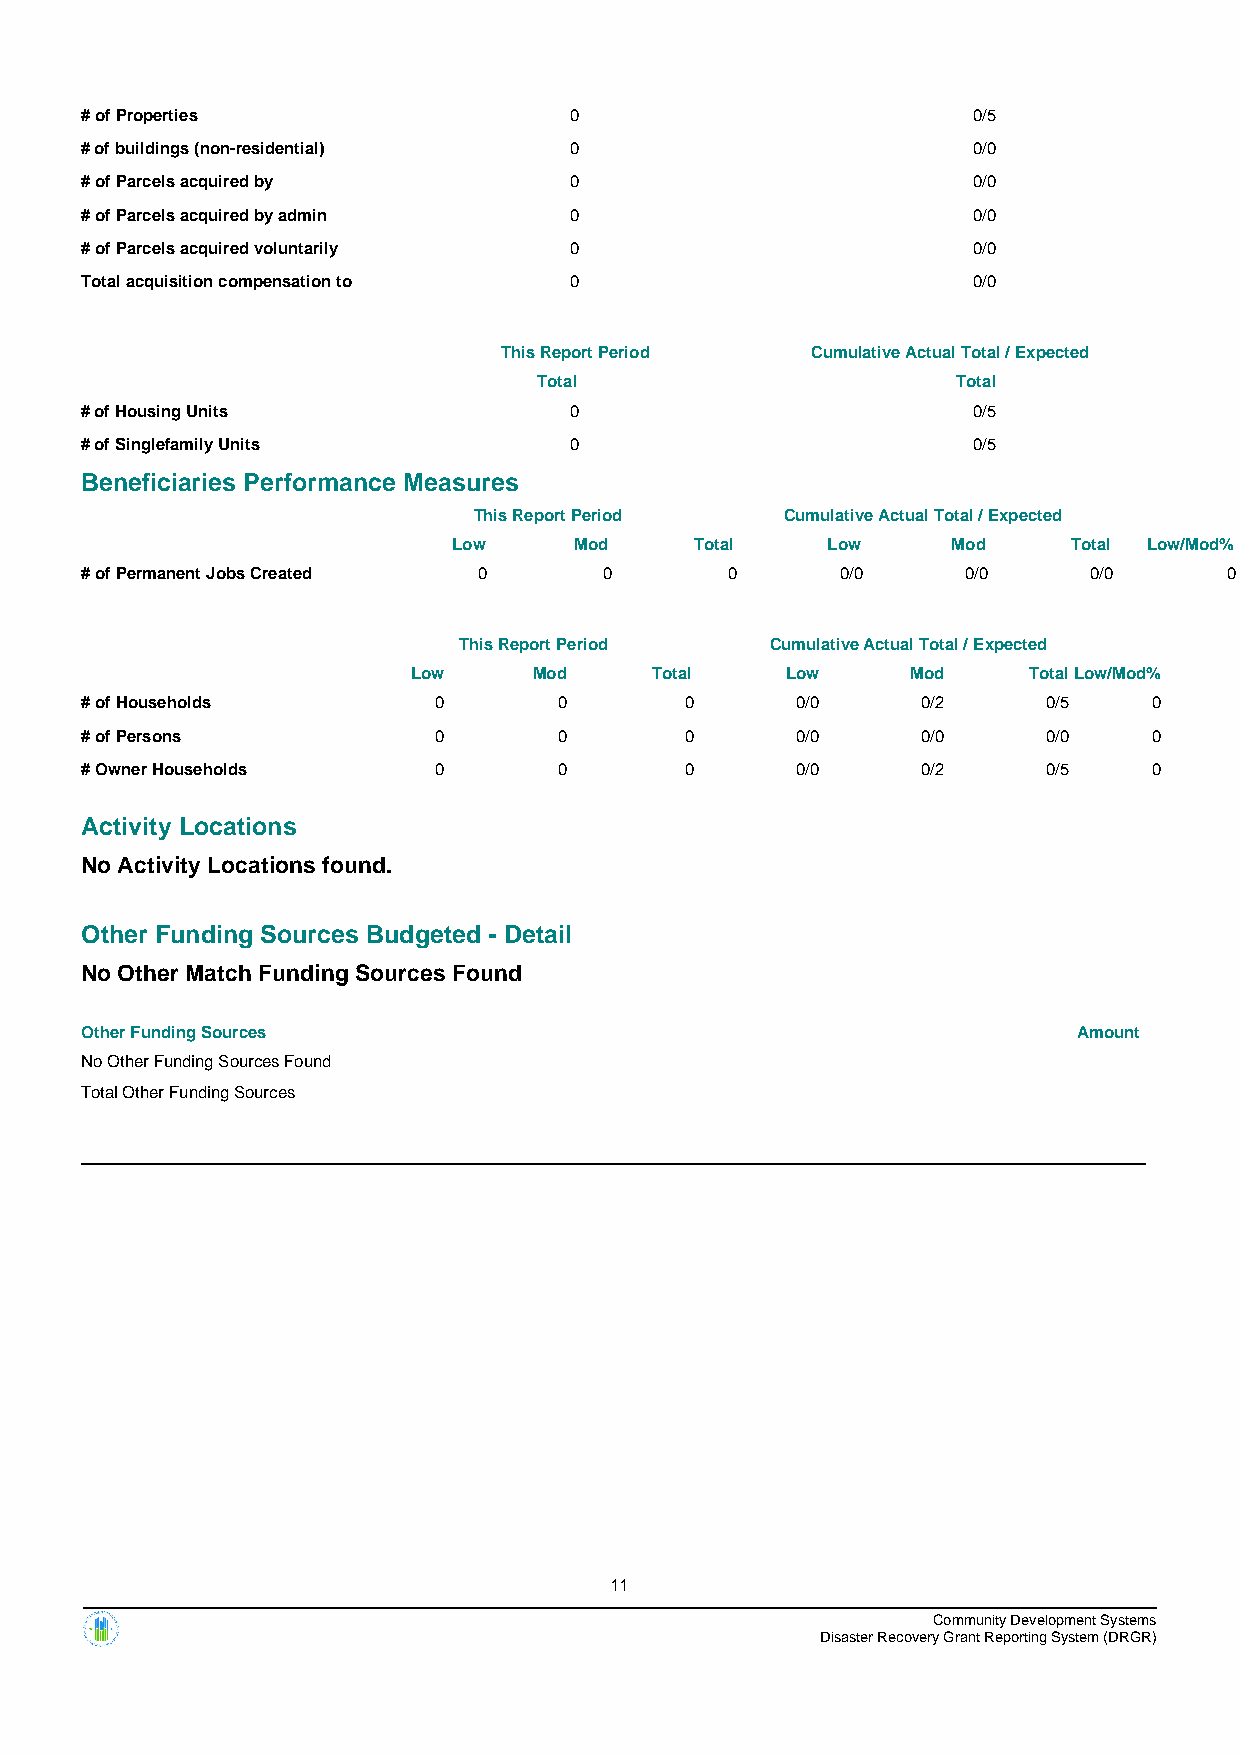
# of Properties                  0                         0/5
 # of buildings (non-residential) 0                         0/0
 # of Parcels acquired by         0                         0/0
 # of Parcels acquired by admin   0                         0/0
 # of Parcels acquired voluntarily 0                        0/0
 Total acquisition compensation to 0                        0/0
 This Report Period   Cumulative Actual Total / Expected
 Total                      Total
 # of Housing Units               0                         0/5
 # of Singlefamily Units          0                         0/5
 Beneficiaries Performance Measures
 This Report Period   Cumulative Actual Total / Expected
 Low     Mod     Total    Low     Mod     Total Low/Mod%
 # of Permanent Jobs Created 0      0       0       0/0     0/0     0/0      0
 This Report Period   Cumulative Actual Total / Expected
 Low     Mod     Total    Low     Mod     TotalLow/Mod%
 # of Households         0       0       0       0/0     0/2     0/5    0
 # of Persons            0       0       0       0/0     0/0     0/0    0
 # Owner Households      0       0       0       0/0     0/2     0/5    0
 Activity Locations
 No Activity Locations found.
 Other Funding Sources Budgeted - Detail
 No Other Match Funding Sources Found
 Other Funding Sources                                             Amount
 No Other Funding Sources Found
 Total Other Funding Sources
 11
 Community Development Systems
 Disaster Recovery Grant Reporting System (DRGR)